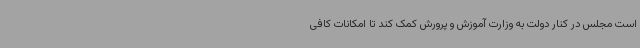
است مجلس در کنار دولت به وزارت آموزش و پرورش کمک کند تا امکانات کافی